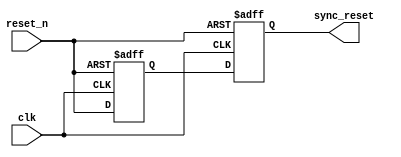
module async_reset_synchronizer (
    input wire reset_n,  // Active low asynchronous reset
    input wire clk,      // Clock signal
    output reg sync_reset // Synchronized reset (active low)
);

    // Internal signals for synchronization
    reg reset_n_ff1; // First flip-flop
    reg reset_n_ff2; // Second flip-flop

    // Synchronous process to synchronize the asynchronous reset
    always @(posedge clk or negedge reset_n) begin
        if (!reset_n) begin
            // Asynchronous reset detected
            reset_n_ff1 <= 1'b0; // Assert the first flip-flop
            reset_n_ff2 <= 1'b0; // Assert the second flip-flop
        end else begin
            // On clock edge, propagate the reset signal
            reset_n_ff1 <= reset_n; // Capture the state of reset_n
            reset_n_ff2 <= reset_n_ff1; // Capture the state of the first flip-flop
        end
    end

    // Assign the synchronized reset output
    always @* begin
        sync_reset = reset_n_ff2; // Output the synchronized reset
    end

endmodule